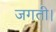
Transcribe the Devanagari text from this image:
जगती।